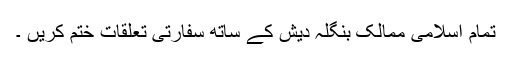
تمام اسلامی ممالک بنگلہ دیش کے ساتھ سفارتی تعلقات ختم کریں ۔